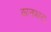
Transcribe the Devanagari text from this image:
कानफाटा